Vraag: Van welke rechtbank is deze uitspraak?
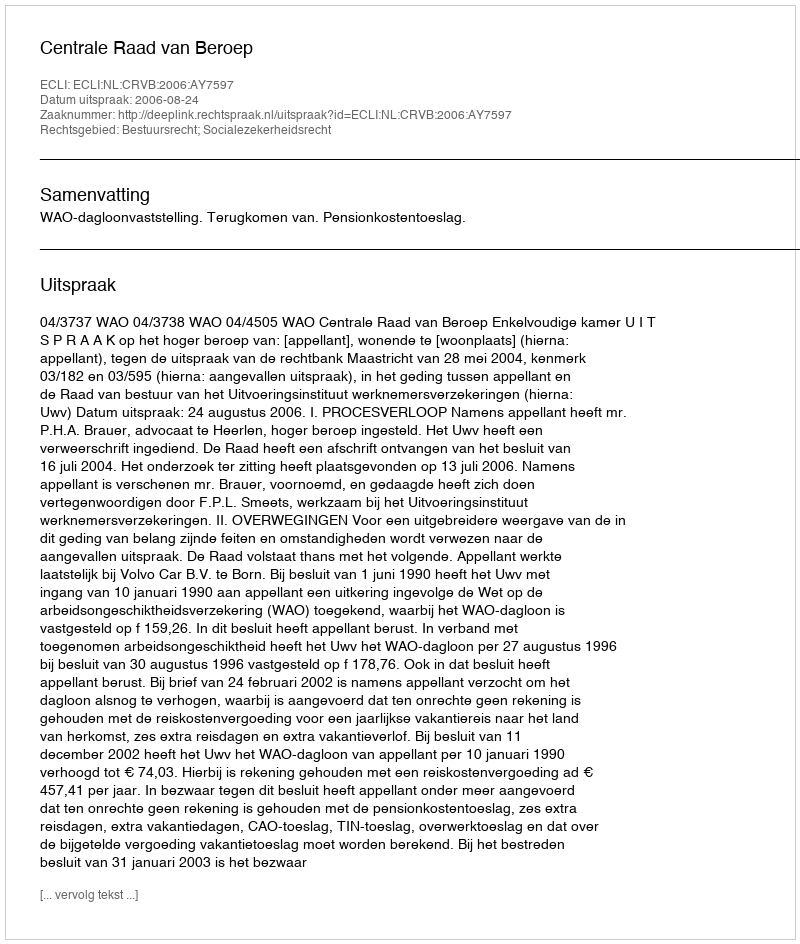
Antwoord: Centrale Raad van Beroep